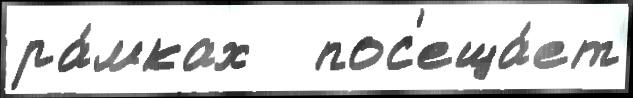
ра́мках   пос'еща́ет